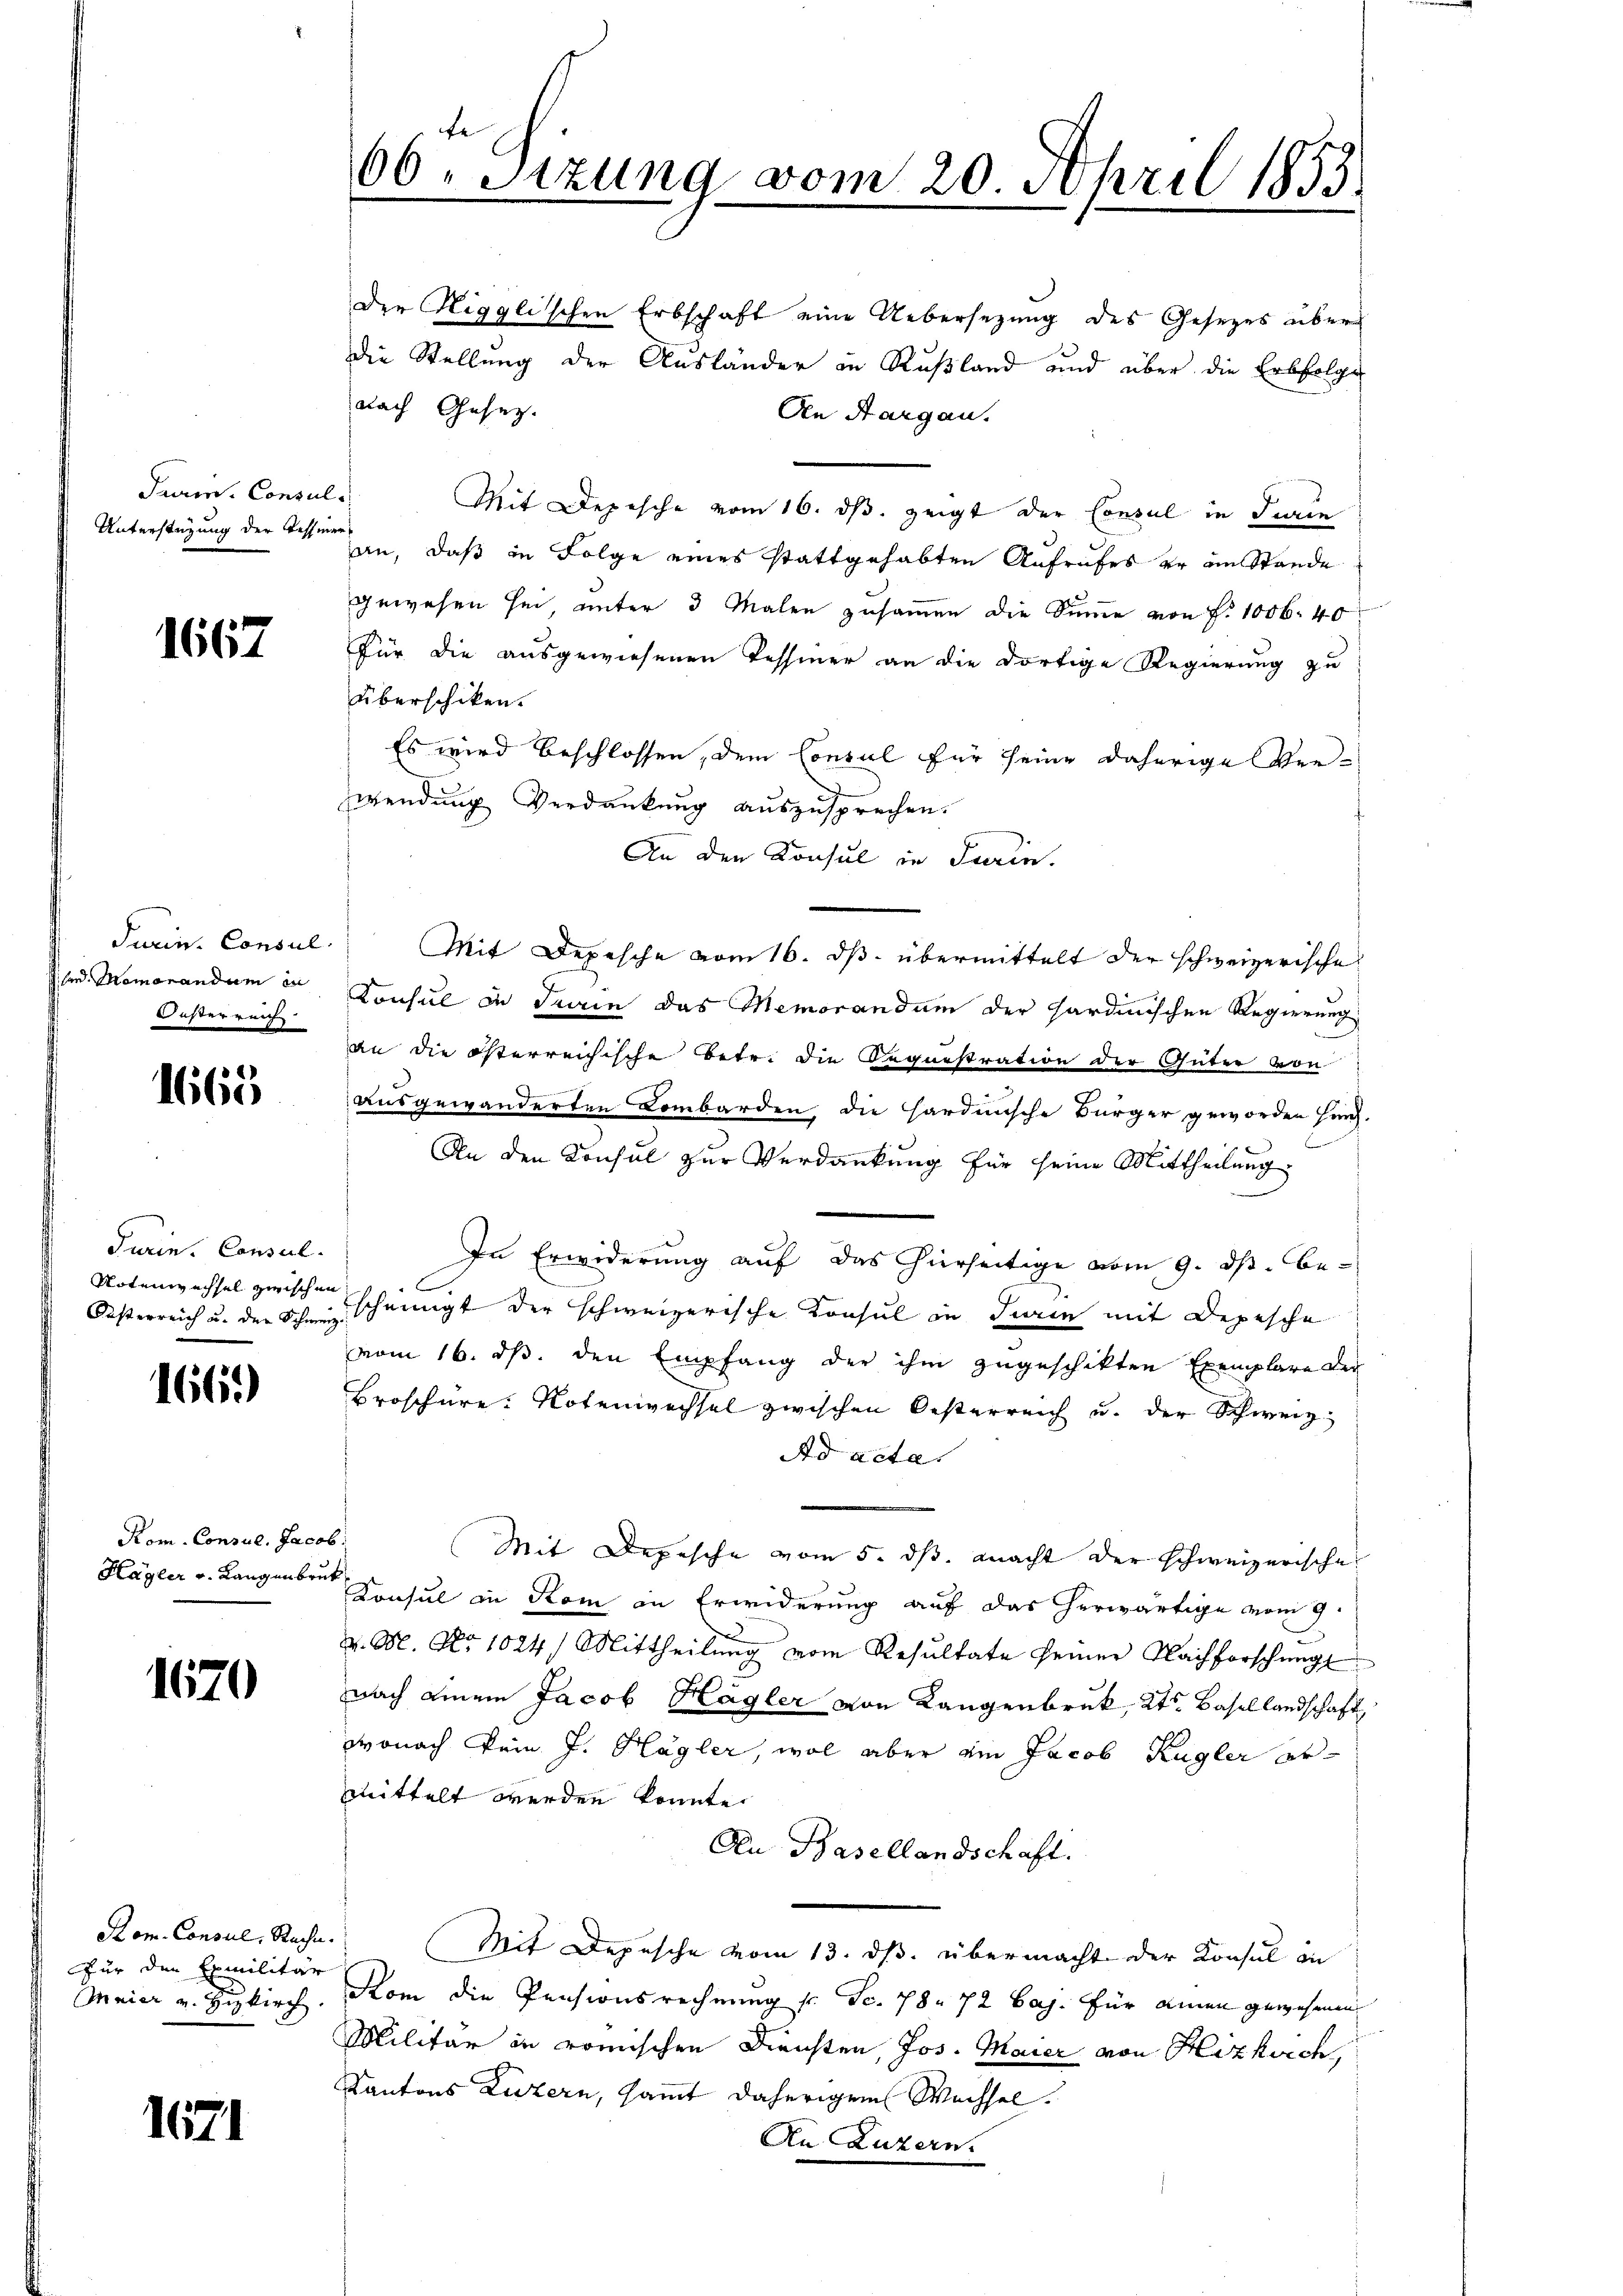
Paviers. Consul
Unterstüzung der Tessine

1667

Juriss. Consul
hard Memorandum in
Oesterreich

1665

Turin. Consul
Notenwechsel zwischen
Oesterreich u. der Schweiz

1665)

Kom. Consul, Jacob
Hagler v. Langenbruck

1670

Rom. Consul, Rache.
Für den Exmilitär
Maier und Hizkirch

1671

66. Sitzung vom 20. April 1853.

der Nigglischen Erbschaft eine Uebersezung des Gesetzes über
die Stellung der Ausländer in Rußland und über die Erbfolge
nach Gesetz
An Aargau.
Mit Depesche vom 16. ds. zeigt der Consul in Turin
u
an, daß in Folge eines stattgehabten Aufrufes er an Stande
gewesen sei unter 3 Malen zusammen die Summe von P. 1006. 40
Für die ausgewiesenen Tessiner an die dortige Regierung zu
überschiken.
Es wird beschlossen, dem Consul für seine daherige Verwendung Verdankung auszusprechen.
An den Konsul in Turin.
Mit Depesche vom 16. ds. übermittelt der schweizerische
Konsul in denn das Memorandum der sardinischen Regierung
an die österreichische Betr. die Requistration der Güter von
ausgewanderten Lombarden die Hardnische Bürger geworden hinz.
An den Konsul zur Verdankung für seine Mittheilung
In Erwiderung auf das hierseitige vom 9. ds. bescheinigt der schweizerische Konsul in Tieren mit Depesche
vom 16. ds. den Empfang der ihm zugeschikten Exemplare der
Broschere Notenwachsel zwischen Oesterreich u. der Schweiz.
Ad acte
Mit Depesche vom 5. ds. macht der schweizerische
Konsul in Rom in Erwiderung auf das herwärtige vom 9.
v. M. No 1024. Mittheilung vom Resultate seiner Nachforschung
nach einem Jacob Hagler von Langenbruk, Kts. Basellandschaft
wonach kein J. Hagler, wol aber ein Jacob Kugler ermittelt werden konnte.
An Basellandschaft.
Mit Depesche vom 13. ds. übermacht der Konsul in
Rom die Pensionsrechnung s. c. 78. 72 Caj. für einen gewesenen
Militär in römischen Diensten, Jos. Maier von Hizkirch
Kantons Luzern, sammt daherigem Wechsel.
An Luzern.